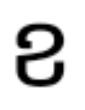
ខ